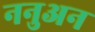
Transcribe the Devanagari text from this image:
ननुअन